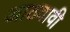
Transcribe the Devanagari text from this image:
आठवावी